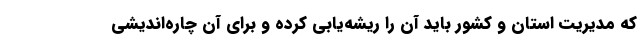
که مدیریت استان و کشور باید آن را ریشه‌یابی کرده و برای آن چاره‌اندیشی